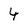
Character: 4